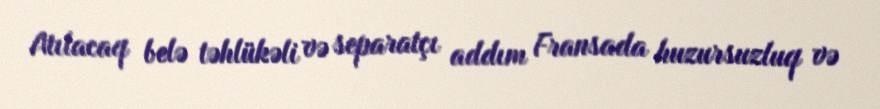
Atılacaq belə təhlükəli və separatçı addım Fransada huzursuzluq və